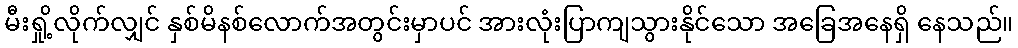
မီးရှို့လိုက်လျှင် နှစ်မိနစ်လောက်အတွင်းမှာပင် အားလုံးပြာကျသွားနိုင်သော အခြေအနေရှိ နေသည်။